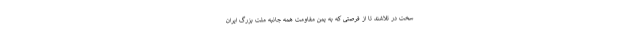
سخت در تلاشند تا از فرصتی که به یمن مقاومت همه جانبه ملت بزرگ ایران